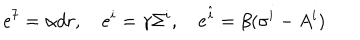
e ^ { 7 } = \alpha d r , \quad e ^ { i } = \gamma \Sigma ^ { i } , \quad e ^ { \hat { i } } = \beta ( \sigma ^ { i } - A ^ { i } )